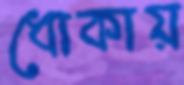
ধোকায়